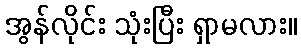
အွန်လိုင်း သုံးပြီး ရှာမလား။